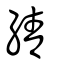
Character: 綪